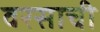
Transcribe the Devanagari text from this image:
वरसाची